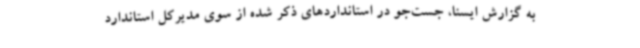
به گزارش ایسنا، جست‌جو در استانداردهای ذکر شده از سوی مدیرکل استاندارد